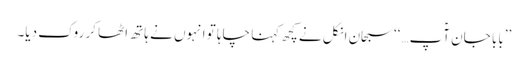
’’بابا جان آؑپ…‘‘سبحان انکل نے کچھ کہنا چاہا تو انہوں نے ہاتھ اٹھا کر روک دیا۔